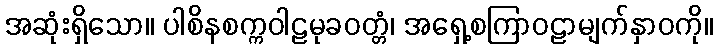
အဆုံးရှိသော။ ပါစိနစက္ကဝါဠမုခဝတ္တံ၊ အရှေ့စကြာဝဠာမျက်နှာဝကို။